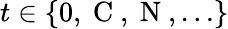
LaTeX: t\in\{ 0,\mathrm{~C~},\mathrm{~N~},\dots\}